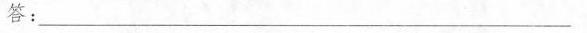
答：___